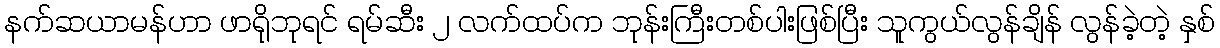
နက်ဆယာမန်ဟာ ဖာရိုဘုရင် ရမ်ဆီး ၂ လက်ထပ်က ဘုန်းကြီးတစ်ပါးဖြစ်ပြီး သူကွယ်လွန်ချိန် လွန်ခဲ့တဲ့ နှစ်